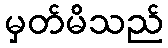
မှတ်မိသည်